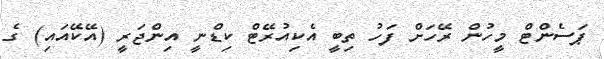
ޕަސެންޓް މީހުން ރޭހަށް ފަހު ތިބީ އެކިއުރޭޓް ކިޑްނީ އިންޖަރީ (އޭކޭއައި) ގެ